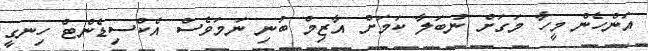
އަންހެން މީހާ މަގަށް ނުބަލާ ކަމަށް އާޒިމް ބުނި ނަމަވެސް އެކްސިޑެންޓް ހިނގީ